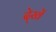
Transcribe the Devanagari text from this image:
दे्खें